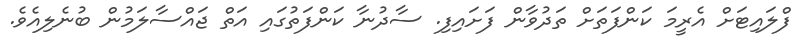
ފްލައިޓަށް އެރީމަ ކަންފަތަށް ތަދުވާން ފަށައިފި. ސާދުނާ ކަންފަތުގައި އަތް ޖައްސާލަމުން ބުނެލިއެވެ.